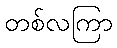
တစ်လကြာ